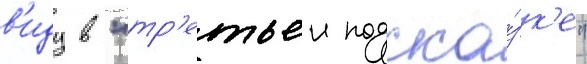
в'иду в "тр'етьеи подска́зк'е"